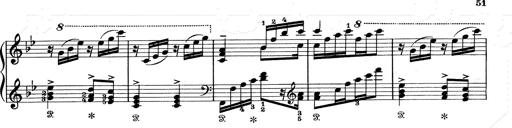
Title: Aus Lohengrin
Composer: Franz Liszt